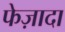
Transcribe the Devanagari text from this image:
फेज़ादा